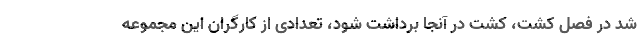
شد در فصل کشت، کشت در آنجا برداشت شود، تعدادی از کارگران این مجموعه